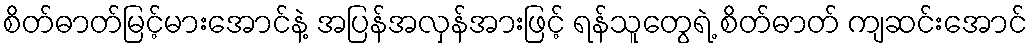
စိတ်ဓာတ်မြင့်မားအောင်နဲ့ အပြန်အလှန်အားဖြင့် ရန်သူတွေရဲ့ စိတ်ဓာတ် ကျဆင်းအောင်